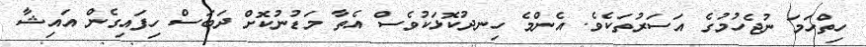
ހިތްހަމަ ނުޖެހުމުގެ އަސަރުތަކެވެ. އެންމެ ހިނދުކޮޅަކުވެސް އެތާ މަޑުނުކޮށް ދަބަސް ހިފައިގެން އައިޝާ